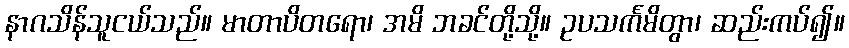
နာဂသိန်သူငယ်သည်။ မာတာပိတရော၊ အမိ ဘခင်တို့သို့။ ဥပသင်္ကမိတွာ၊ ဆည်းကပ်၍။